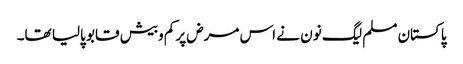
پاکستان مسلم لیگ نون نے اس مرض پرکم وبیش قابو پالیا تھا۔